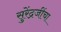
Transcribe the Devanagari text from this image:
सुरेंद्रजींचा